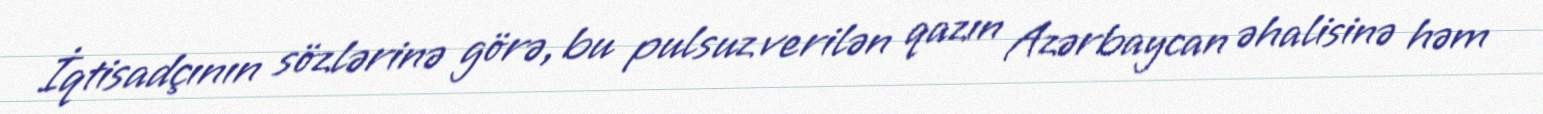
İqtisadçının sözlərinə görə, bu pulsuz verilən qazın Azərbaycan əhalisinə həm